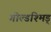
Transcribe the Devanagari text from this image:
गोल्डश्मिड्